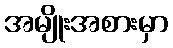
အမျိုးအစားမှာ